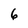
Character: 6